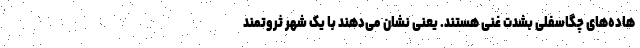
هاده‌های چگاسفلی بشدت غنی هستند. یعنی نشان می‌دهند با یک شهر ثروتمند